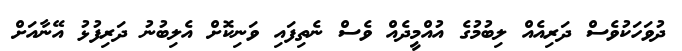
ދުވަހަކުވެސް ދަރިއެއް ލިބުމުގެ އުއްމީދެއް ވެސް ނެތިފައި ވަނިކޮށް އެލިބުނު ދަރިފުޅު އޭނާއަށް